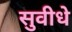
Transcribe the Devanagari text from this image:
सुवीधे